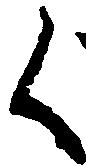
く